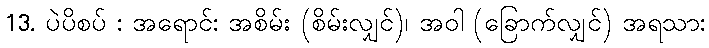
13. ပဲပိစပ် : အရောင်: အစိမ်း (စိမ်းလျှင်)၊ အဝါ (ခြောက်လျှင်) အရသာ: